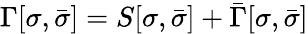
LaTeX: \Gamma[\sigma,\bar{\sigma}]=S[\sigma,\bar{\sigma}]+\bar{\Gamma}[\sigma,\bar{\sigma}]